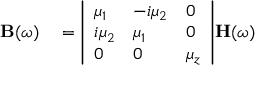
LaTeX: \begin{array} { r l } { \mathbf { B } ( \omega ) } & { { } = { \left| \begin{array} { l l l } { \mu _ { 1 } } & { - i \mu _ { 2 } } & { 0 } \\ { i \mu _ { 2 } } & { \mu _ { 1 } } & { 0 } \\ { 0 } & { 0 } & { \mu _ { z } } \end{array} \right| } \mathbf { H } ( \omega ) } \end{array}